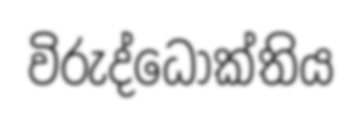
විරුද්ධෝක්තිය